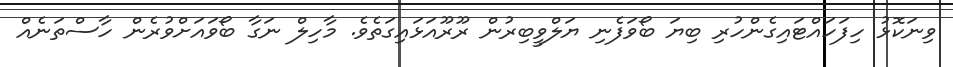
ވިނަކޮޅު ހިފަހައްޓައިގެެންހުރި ބިޔަ ބޯވަފެނި ޔަލްވީބިރުން ރޫރޫއަޅައިގަތެވެ. މާހިލް ނަގާާ ބޯވައަށްވުރެން ހާސްތަނެއް